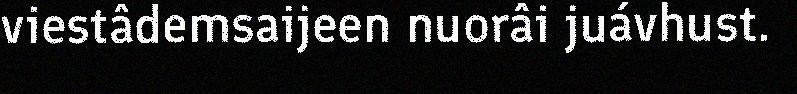
viestâdemsaijeen nuorâi juávhust.